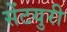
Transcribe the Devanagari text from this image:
सेंटयुरी